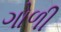
ગોળી